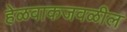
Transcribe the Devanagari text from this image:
हेळवाकजवळील